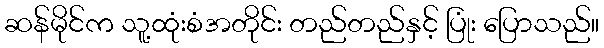
ဆန်မိုင်က သူ့ထုံးစံအတိုင်း တည်တည်နှင့် ပြုံး ပြောသည်။